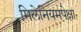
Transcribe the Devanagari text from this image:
मिलेनियमपेक्षा